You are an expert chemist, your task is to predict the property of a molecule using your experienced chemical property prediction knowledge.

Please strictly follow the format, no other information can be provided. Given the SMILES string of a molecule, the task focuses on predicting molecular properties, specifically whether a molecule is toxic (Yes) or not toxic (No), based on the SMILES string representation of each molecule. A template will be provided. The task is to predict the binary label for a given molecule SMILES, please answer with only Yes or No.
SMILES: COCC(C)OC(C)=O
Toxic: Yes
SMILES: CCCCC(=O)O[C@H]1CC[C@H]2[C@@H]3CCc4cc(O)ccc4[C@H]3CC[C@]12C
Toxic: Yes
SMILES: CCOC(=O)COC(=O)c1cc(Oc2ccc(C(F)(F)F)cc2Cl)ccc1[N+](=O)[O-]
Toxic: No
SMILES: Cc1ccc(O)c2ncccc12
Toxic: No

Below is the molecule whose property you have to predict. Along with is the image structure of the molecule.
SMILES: CC(C)(CC(=O)O)C(=O)O
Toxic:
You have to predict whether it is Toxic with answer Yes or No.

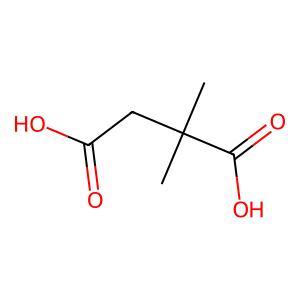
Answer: No